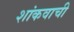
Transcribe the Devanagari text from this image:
शांकवाची